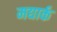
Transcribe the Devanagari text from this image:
मद्यार्क